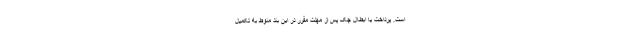
است. پرداخت یا ابطال چک پس از مهلت مقرر در این بند منوط به تکمیل